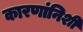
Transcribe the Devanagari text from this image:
कारणांनिशी